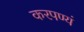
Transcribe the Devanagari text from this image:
करपण्यं